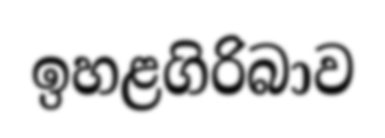
ඉහළගිරිබාව